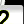
Digit: 2